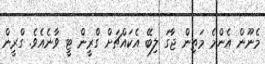
މެނޫން އެންމެ މަތިން ޖާގަ ލިބޭ އެކައްޗަށް ގްރީން ޓީ ވާނެއެވެ. ގްރީން